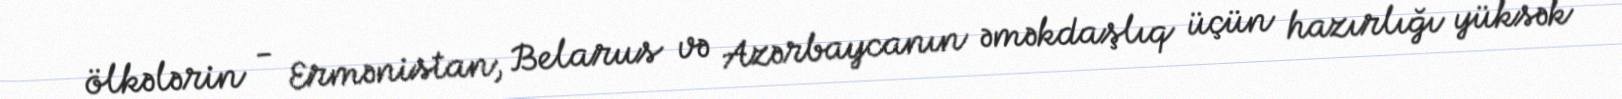
ölkələrin - Ermənistan, Belarus və Azərbaycanın əməkdaşlıq üçün hazırlığı yüksək